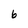
Character: 6